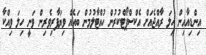
އިންޑިއާއިން ހިލަ ރާއްޖެއަށް އެކްސްޕޯޓްކުރުން ހުއްޓާލުމުން ބައެއް ވިޔަފާރިވެރިން ވަނީ ހިލަ ވިއްކާ